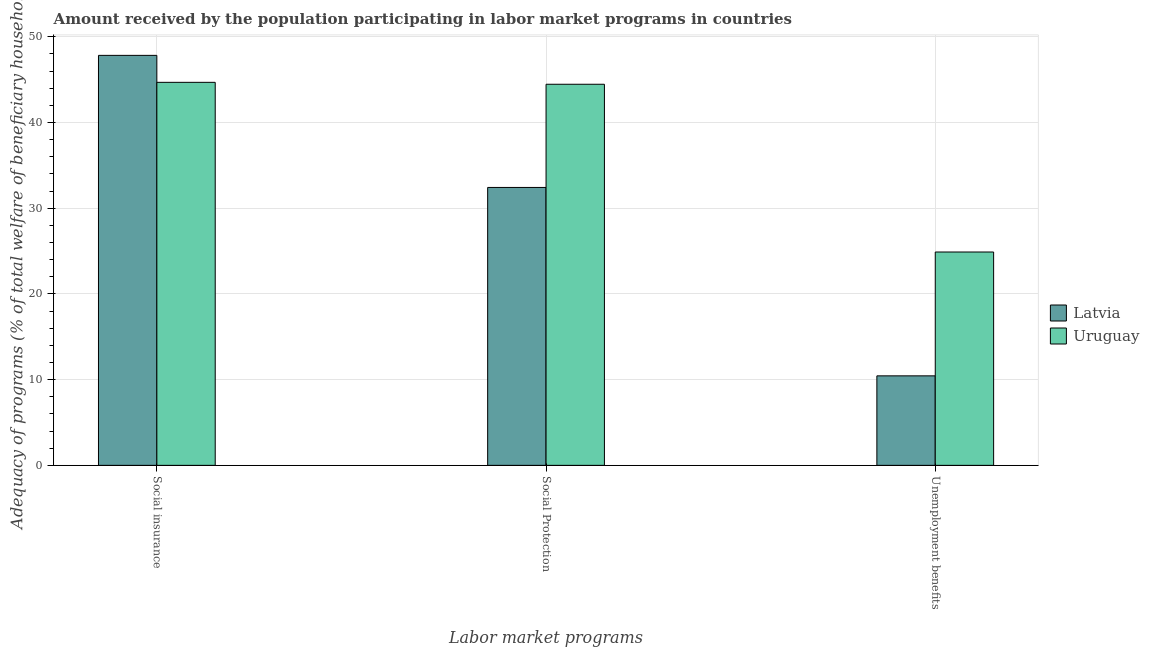
| Labor market programs | Latvia | Uruguay |
 | --- | --- | --- |
 | Social insurance | 47.8 | 44.7 |
 | Social Protection | 32.4 | 44.5 |
 | Unemployment benefits | 10.4 | 24.9 |